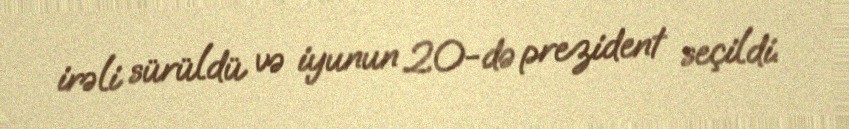
irəli sürüldü və iyunun 20-də prezident seçildi.